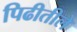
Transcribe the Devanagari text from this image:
पिढीतीले